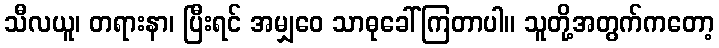
သီလယူ၊ တရားနာ၊ ပြီးရင် အမျှဝေ သာဓုခေါ်ကြတာပါ။ သူတို့အတွက်ကတော့